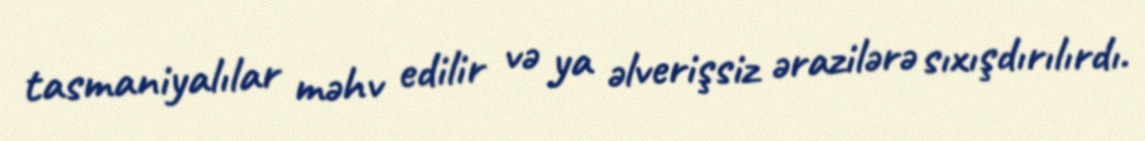
tasmaniyalılar məhv edilir və ya əlverişsiz ərazilərə sıxışdırılırdı.